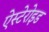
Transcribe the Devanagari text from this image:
ऐस्टेरोइड